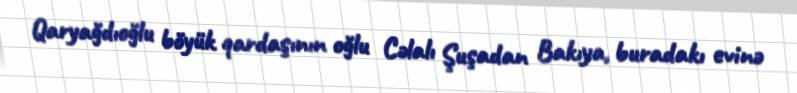
Qaryağdıoğlu böyük qardaşının oğlu Cəlalı Şuşadan Bakıya, buradakı evinə